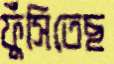
ফুঁসিতেছ